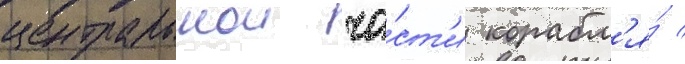
центральнои ча́ст'и корабл'я́ /